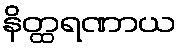
နိတ္ထရဏာယ